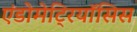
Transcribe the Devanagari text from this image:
एंडोमेट्रियॉसिस